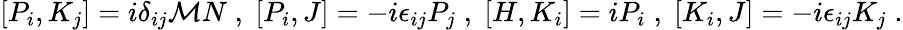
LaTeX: [P_{i},K_{j}]=i\delta_{ij}\mathcal{M}N\; ,\; [P_{i},J]=-i\epsilon_{ij}P_{j}\; ,\; [H,K_{i}]=iP_{i}\; ,\; [K_{i},J]=-i\epsilon_{ij}K_{j}\; .